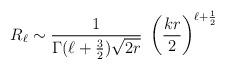
LaTeX: \begin{align*}R_\ell \sim {1\over \Gamma (\ell +{3\over 2}) \sqrt{2r}} \;\left( {kr\over 2} \right)^{\ell + {1\over2}}\end{align*}